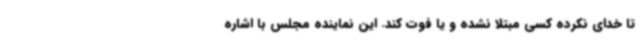
تا خدای نکرده کسی مبتلا نشده و یا فوت کند. این نماینده مجلس با اشاره